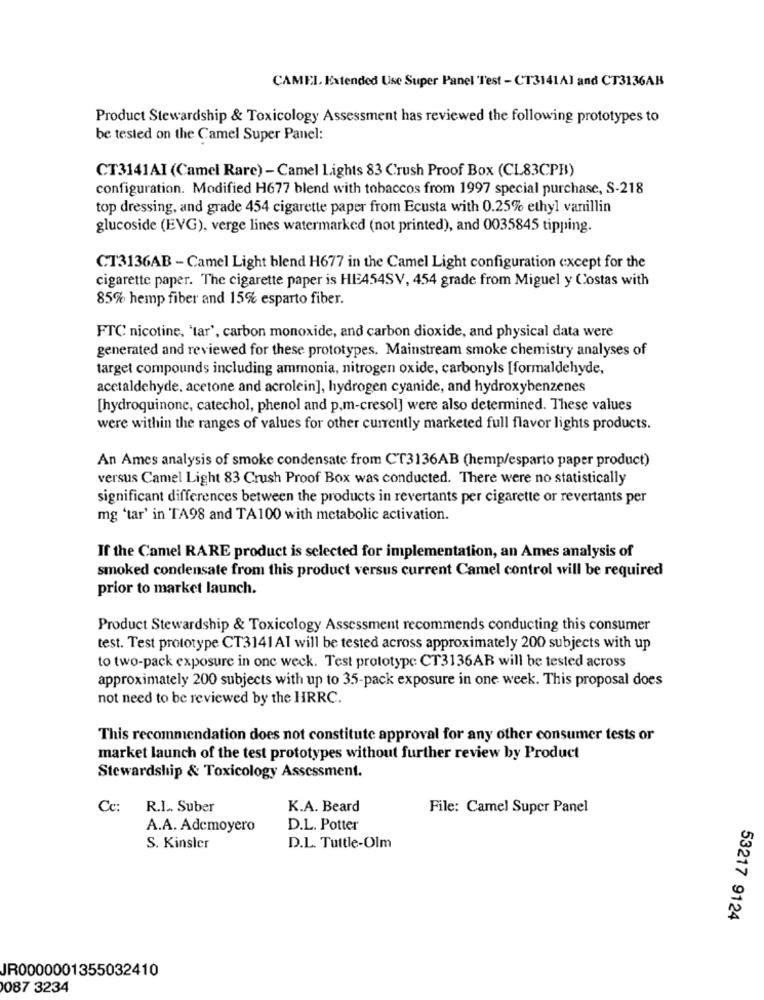
CAMEL. Extended Use Super Panel Test - CT3141Al and CT3136AB
Product Stewardship & Toxicology Assessment has reviewed the following prototypes to
be tested on the Camel Super Panel:
CT3141AI (Camel Rare) - Camel Lights 83 Crush Proof Box (CL83CPB)
configuration. Modified H677 blend with tobaccos from 1997 special purchase, S-218
top dressing, and grade 454 cigarette paper from Ecusta with 0.25% ethyl vanillin
glucoside (EVG), verge lines watermarked (not printed), and 0035845 tipping.
CT3136AB - Camel Light blend H677 in the Camel Light configuration except for the
cigarette paper. The cigarette paper is HE454SV, 454 grade from Miguel y Costas with
85% hemp fiber and 15% esparto fiber.
FTC nicotine, 'tar', carbon monoxide, and carbon dioxide, and physical data were
generated and reviewed for these prototypes. Mainstream smoke chemistry analyses of
target compounds including ammonia, nitrogen oxide, carbonyls [formaldehyde,
acetaldehyde, acetone and acrolein], hydrogen cyanide, and hydroxybenzenes
[hydroquinone, catechol, phenol and p.m-cresol] were also determined. These values
were within the ranges of values for other currently marketed full flavor lights products.
An Ames analysis of smoke condensate from CT3136AB (hemp/esparto paper product)
versus Camel Light 83 Crush Proof Box was conducted. There were no statistically
significant differences between the products in revertants per cigarette or revertants per
mg 'tar' in TA98 and TA100 with metabolic activation.
If the Camel RARE product is selected for implementation, an Ames analysis of
smoked condensate from this product versus current Camel control will be required
prior to market launch.
Product Stewardship & Toxicology Assessment recommends conducting this consumer
test. Test prototype CT3141AI will be tested across approximately 200 subjects with up
to two-pack exposure in one week. Test prototype CT3136AR will be tested across
approximately 200 subjects with up to 35-pack exposure in one week. This proposal does
not need to be reviewed by the HRRC.
This recommendation does not constitute approval for any other consumer tests or
market launch of the test prototypes without further review by Product
Stewardship & Toxicology Assessment.
Cc: R.I. Suber
K.A. Beard
File: Camel Super Panel
A.A. Ademoyero
D.L. Potter
S. Kinsler
D.L. Tuttle-Olm
53217 9124
JR0000001355032410
087 3234